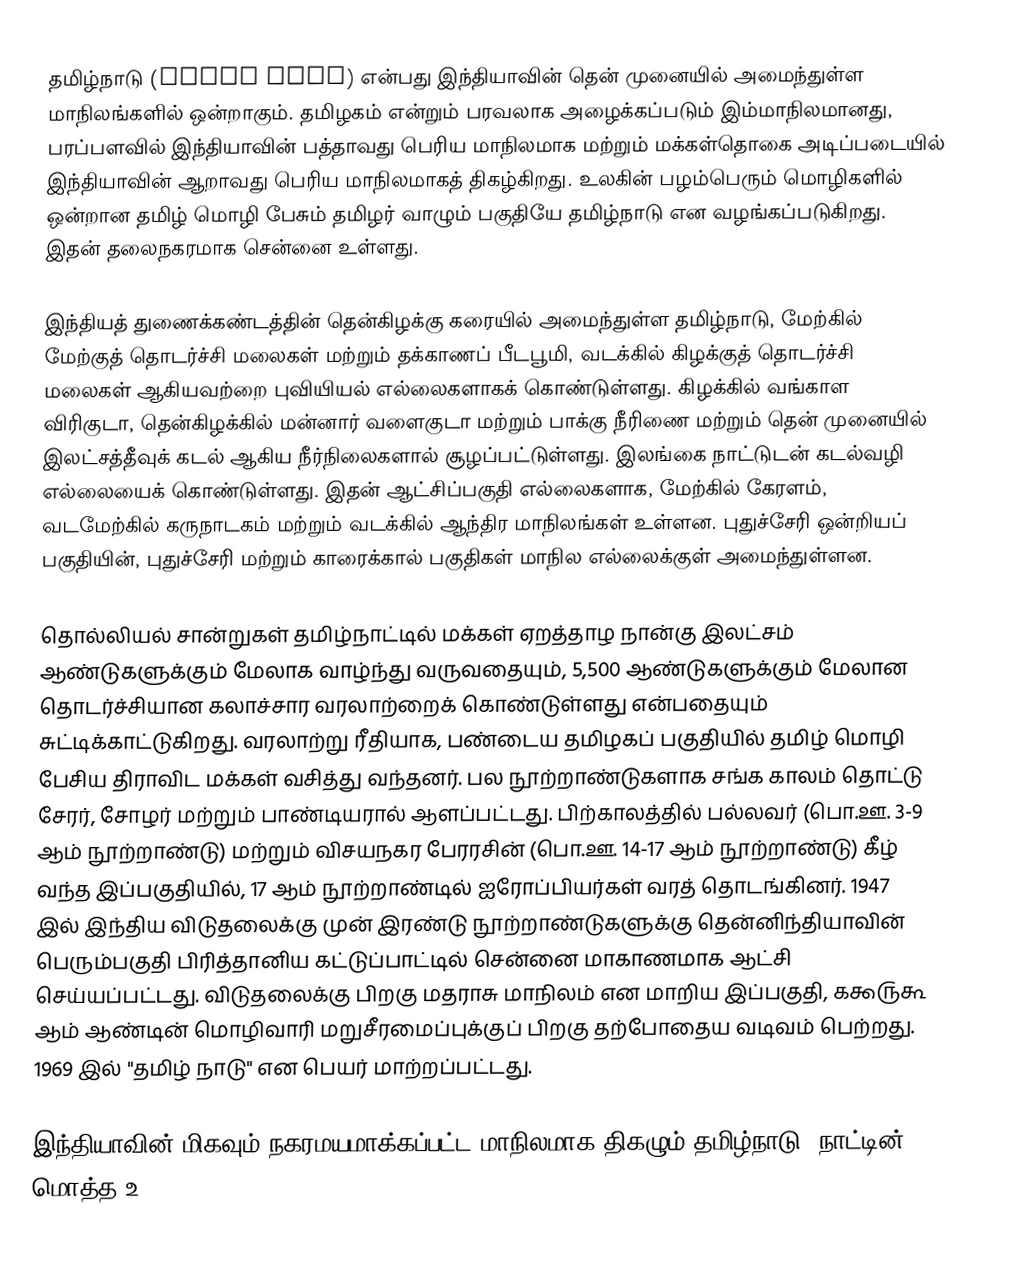
தமிழ்நாடு (Tamil Nadu) என்பது இந்தியாவின் தென் முனையில் அமைந்துள்ள மாநிலங்களில் ஒன்றாகும். தமிழகம் என்றும் பரவலாக அழைக்கப்படும் இம்மாநிலமானது, பரப்பளவில் இந்தியாவின் பத்தாவது பெரிய மாநிலமாக மற்றும் மக்கள்தொகை அடிப்படையில் இந்தியாவின் ஆறாவது பெரிய மாநிலமாகத் திகழ்கிறது. உலகின் பழம்பெரும் மொழிகளில் ஒன்றான தமிழ் மொழி பேசும் தமிழர் வாழும் பகுதியே தமிழ்நாடு என வழங்கப்படுகிறது. இதன் தலைநகரமாக சென்னை உள்ளது.

இந்தியத் துணைக்கண்டத்தின் தென்கிழக்கு கரையில் அமைந்துள்ள தமிழ்நாடு, மேற்கில் மேற்குத் தொடர்ச்சி மலைகள் மற்றும் தக்காணப் பீடபூமி, வடக்கில் கிழக்குத் தொடர்ச்சி மலைகள் ஆகியவற்றை புவியியல் எல்லைகளாகக் கொண்டுள்ளது. கிழக்கில் வங்காள விரிகுடா, தென்கிழக்கில் மன்னார் வளைகுடா மற்றும் பாக்கு நீரிணை மற்றும் தென் முனையில் இலட்சத்தீவுக் கடல் ஆகிய நீர்நிலைகளால் சூழப்பட்டுள்ளது. இலங்கை நாட்டுடன் கடல்வழி எல்லையைக் கொண்டுள்ளது. இதன் ஆட்சிப்பகுதி எல்லைகளாக, மேற்கில் கேரளம், வடமேற்கில் கருநாடகம் மற்றும் வடக்கில் ஆந்திர மாநிலங்கள் உள்ளன. புதுச்சேரி ஒன்றியப் பகுதியின், புதுச்சேரி மற்றும் காரைக்கால் பகுதிகள் மாநில எல்லைக்குள் அமைந்துள்ளன.

தொல்லியல் சான்றுகள் தமிழ்நாட்டில் மக்கள் ஏறத்தாழ நான்கு இலட்சம் ஆண்டுகளுக்கும் மேலாக வாழ்ந்து வருவதையும், 5,500 ஆண்டுகளுக்கும் மேலான தொடர்ச்சியான கலாச்சார வரலாற்றைக் கொண்டுள்ளது என்பதையும் சுட்டிக்காட்டுகிறது. வரலாற்று ரீதியாக, பண்டைய தமிழகப் பகுதியில் தமிழ் மொழி பேசிய திராவிட மக்கள் வசித்து வந்தனர். பல நூற்றாண்டுகளாக சங்க காலம் தொட்டு சேரர், சோழர் மற்றும் பாண்டியரால் ஆளப்பட்டது. பிற்காலத்தில் பல்லவர் (பொ.ஊ. 3-9 ஆம் நூற்றாண்டு) மற்றும் விசயநகர பேரரசின் (பொ.ஊ. 14-17 ஆம் நூற்றாண்டு) கீழ் வந்த இப்பகுதியில், 17 ஆம் நூற்றாண்டில் ஐரோப்பியர்கள் வரத் தொடங்கினர். 1947 இல் இந்திய விடுதலைக்கு முன் இரண்டு நூற்றாண்டுகளுக்கு தென்னிந்தியாவின் பெரும்பகுதி பிரித்தானிய கட்டுப்பாட்டில் சென்னை மாகாணமாக ஆட்சி செய்யப்பட்டது. விடுதலைக்கு பிறகு மதராசு மாநிலம் என மாறிய இப்பகுதி, ௧௯௫௬ ஆம் ஆண்டின் மொழிவாரி மறுசீரமைப்புக்குப் பிறகு தற்போதைய வடிவம் பெற்றது. 1969 இல் "தமிழ் நாடு" என பெயர் மாற்றப்பட்டது.

இந்தியாவின் மிகவும் நகரமயமாக்கப்பட்ட மாநிலமாக திகழும் தமிழ்நாடு, நாட்டின் மொத்த உ